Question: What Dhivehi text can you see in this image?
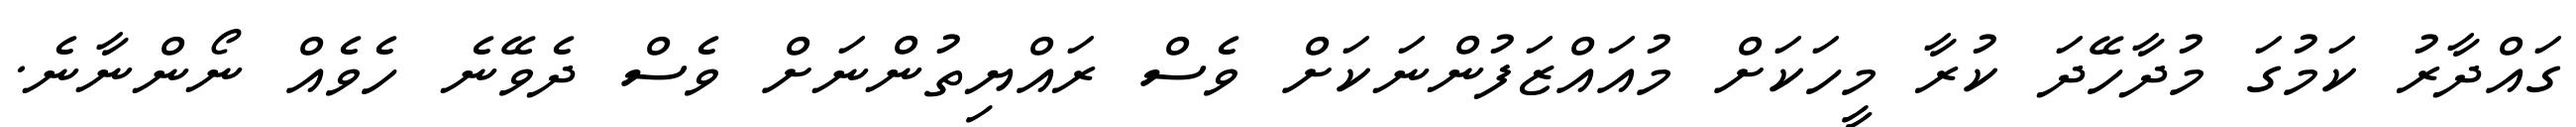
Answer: ގައްދާރު ކަމުގަ މުދާހޭދަ ކުރާ މީހަކަށް މުއައްޒަފުންނަކަށް ވެސް ރައްޔިތުންނަށް ވެސް ދެވޭނެ ހެވެއް ނޯންނާނެ.